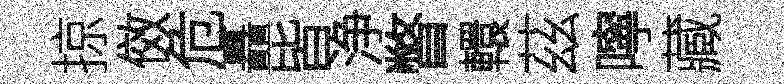
掠傚危矗皆浄瞥轘茲嚀藏